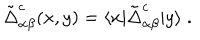
\tilde { \Delta } _ { \alpha \beta } ^ { c } ( x , y ) = \langle x | \tilde { \Delta } _ { \alpha \beta } ^ { c } | y \rangle \; .